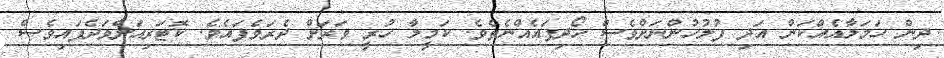
ދިން ހަމަލާއެއްކަން އަދި ފުލުހުންނަށްވެސް ހޯދިފައެއްނެތެވެ. ކަމީލާ ހުރީ ވަރަށް ދެރަވެފައެވެ. ކޮޓަރިއަށްވަދެފައިވެސް